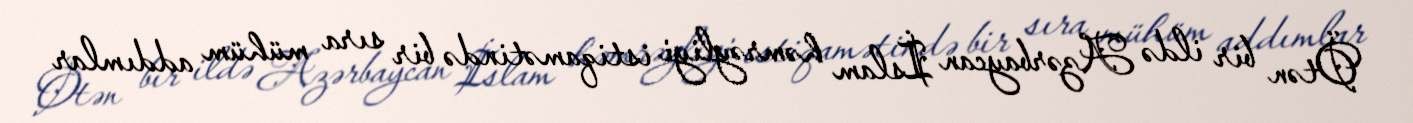
Ötən bir ildə Azərbaycan İslam həmrəyliyi istiqamətində bir sıra mühüm addımlar